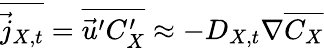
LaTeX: \overline{{\vec{j}_{X,t}}}=\overline{{\vec{u}^{\prime}C_{X}^{\prime}}}\approx-D_{X,t}\nabla\overline{{C_{X}}}